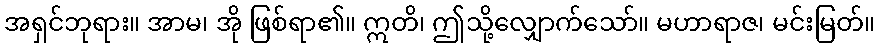
အရှင်ဘုရား။ အာမ၊ အို ဖြစ်ရာ၏။ ဣတိ၊ ဤသို့လျှောက်သော်။ မဟာရာဇ၊ မင်းမြတ်။